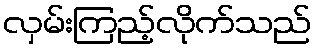
လှမ်းကြည့်လိုက်သည်